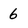
Character: 6